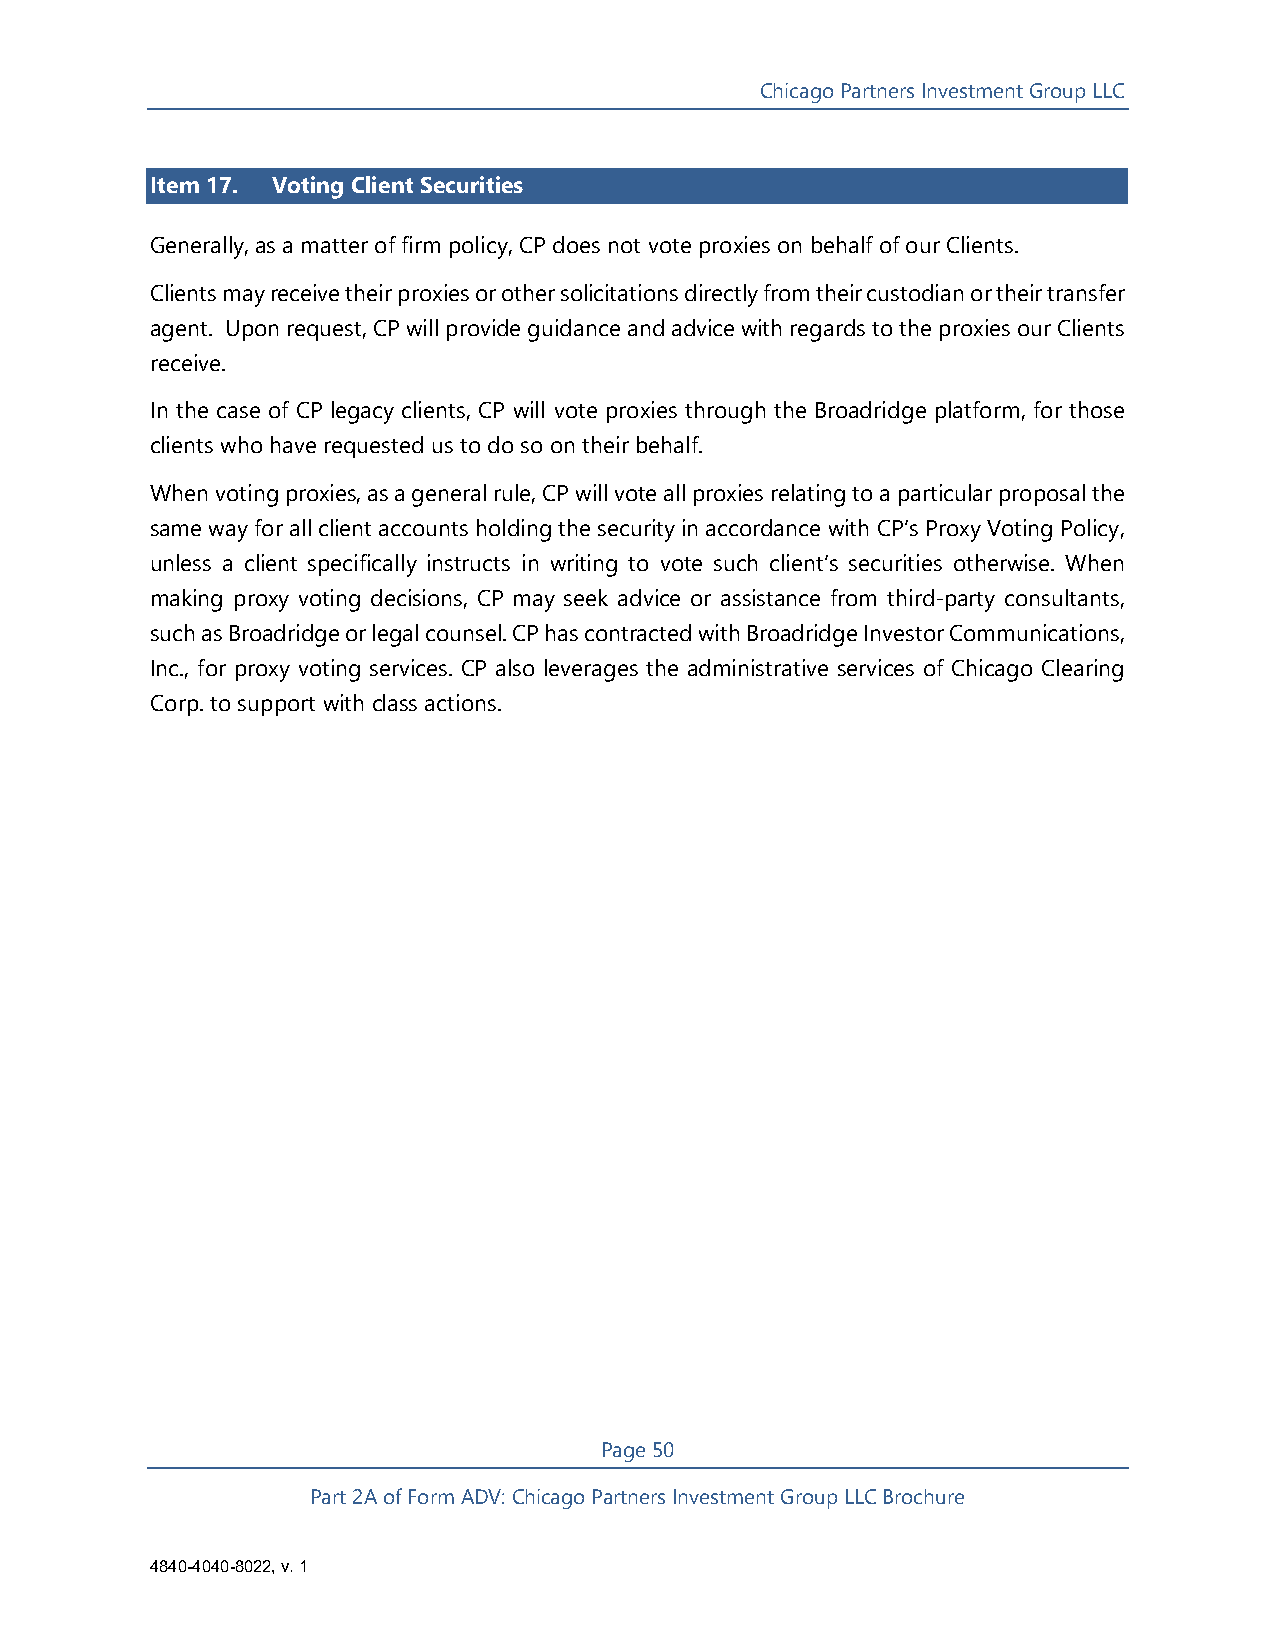
Chicago Partners Investment Group LLC
 Item 17. Voting Client Securities
 Generally, as a matter of firm policy, CP does not vote proxies on behalf of our Clients.
 Clients may receive their proxies or other solicitations directly from their custodian or their transfer
 agent. Upon request, CP will provide guidance and advice with regards to the proxies our Clients
 receive.
 In the case of CP legacy clients, CP will vote proxies through the Broadridge platform, for those
 clients who have requested us to do so on their behalf.
 When voting proxies, as a general rule, CP will vote all proxies relating to a particular proposal the
 same way for all client accounts holding the security in accordance with CP’s Proxy Voting Policy,
 unless a client specifically instructs in writing to vote such client’s securities otherwise. When
 making proxy voting decisions, CP may seek advice or assistance from third-party consultants,
 such as Broadridge or legal counsel. CP has contracted with Broadridge Investor Communications,
 Inc., for proxy voting services. CP also leverages the administrative services of Chicago Clearing
 Corp. to support with class actions.
 Page 50
 Part 2A of Form ADV: Chicago Partners Investment Group LLC Brochure
 4840-4040-8022, v. 1